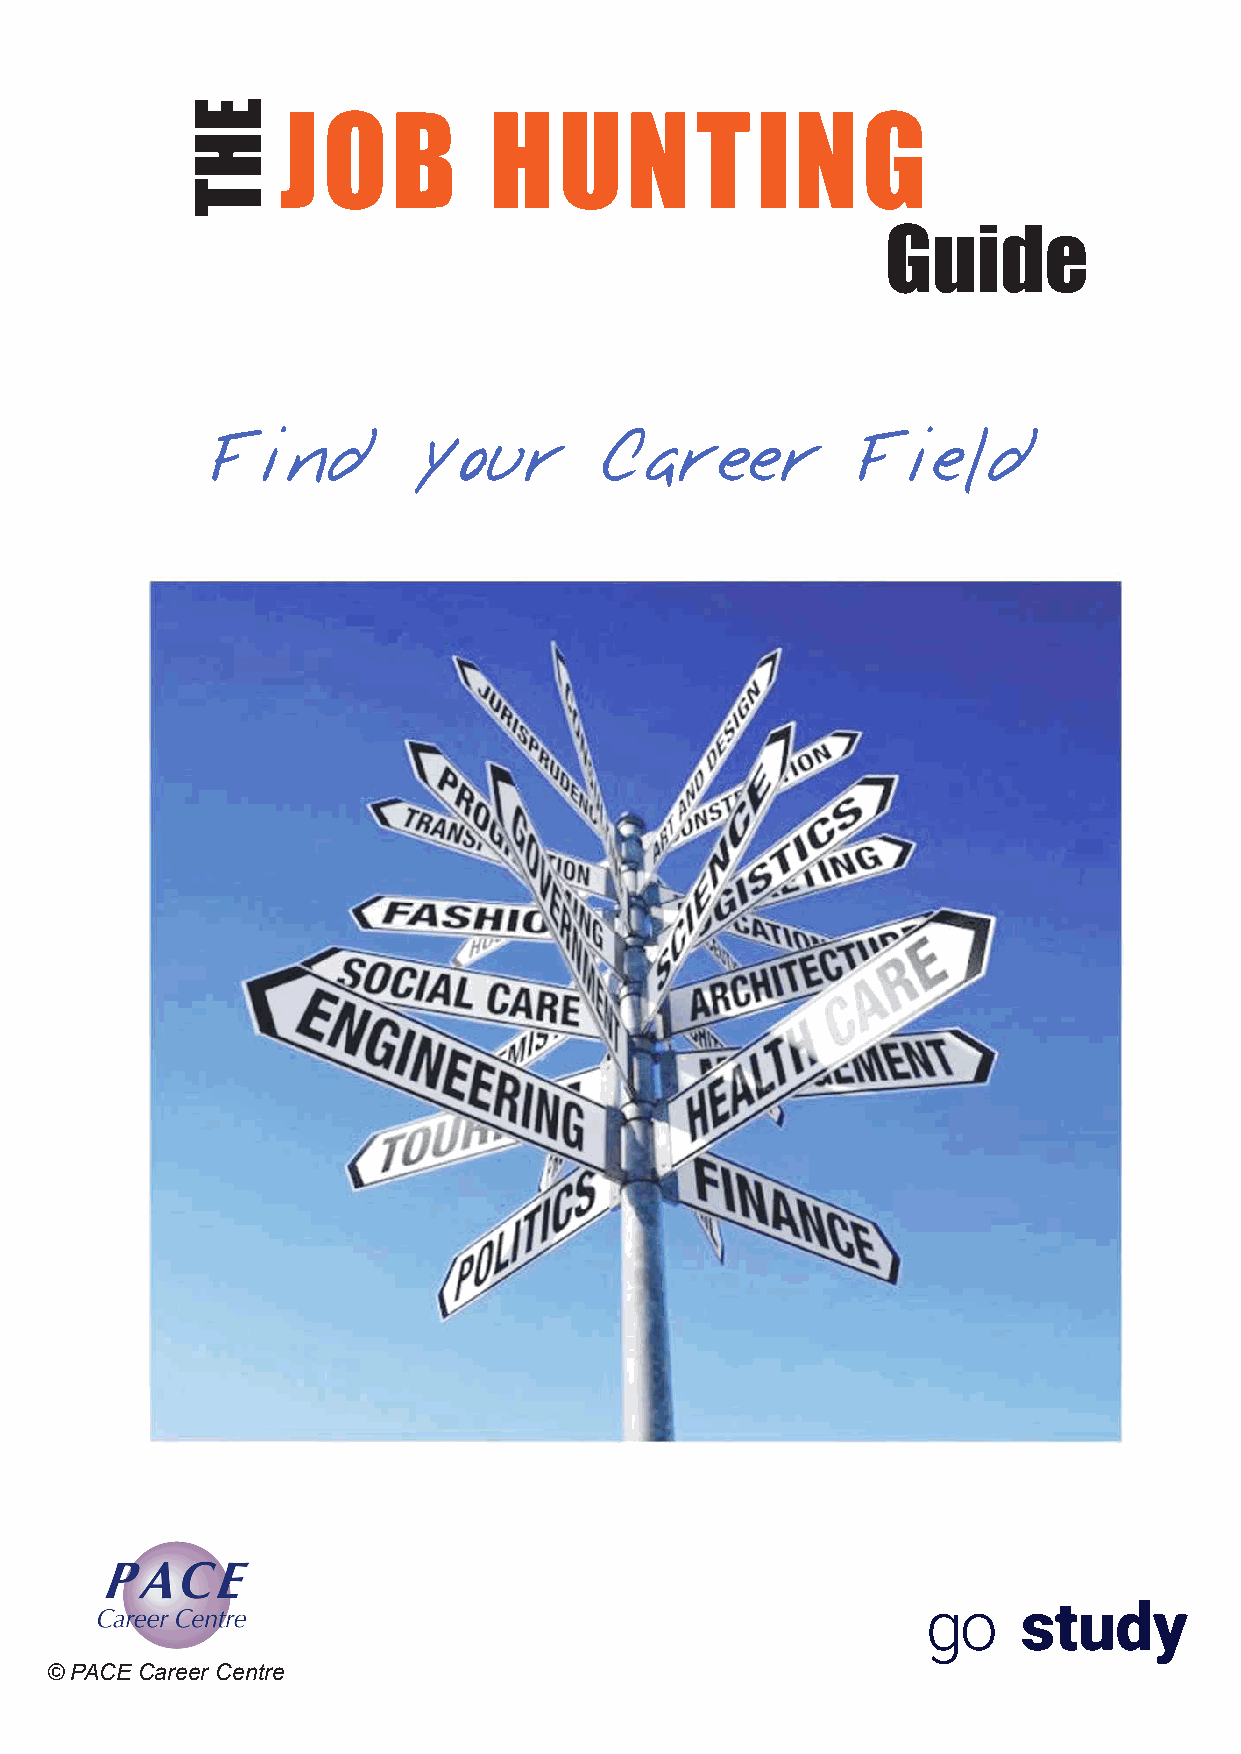
JOB          HUNTING
 Guide
 Find         your         Career           Field
 © PACE Career Centre
 EHT